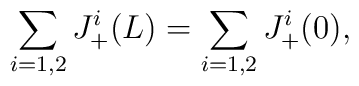
\sum_{i=1,2} J_+^i (L)=\sum_{i=1,2}J_+^i(0),